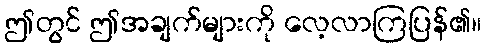
ဤတွင် ဤအချက်များကို လေ့လာကြပြန်၏။